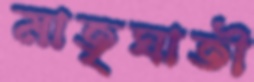
মাতৃঘাতী